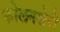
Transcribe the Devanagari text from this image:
कोलनशेरी